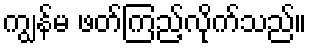
ကျွန်မ ဖတ်ကြည့်လိုက်သည်။